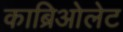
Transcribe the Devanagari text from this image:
काब्रिओलेट